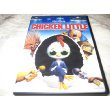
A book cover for Chicken Little; Cookbooks, Food & Wine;